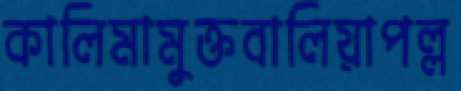
কালিমামুক্তবালিয়াপল্ল